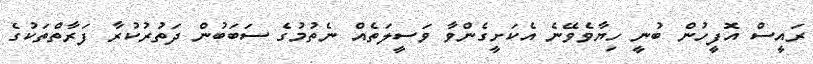
ރައީސް އޮފީހުން ބުނީ ހިޔާވެވޭނެ އެކަށީގެންވާ ވަސީލަތެއް ނެތުމުގެ ސަބަބުން ދަތުރުކުރާ ފަރާތްތަކުގެ